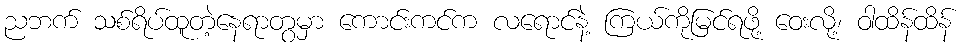
ညဘက် သစ်ရိပ်ထူတဲ့နေရာတွမှာ ကောင်းကင်က လရောင်နဲ့ ကြယ်ကိုမြင်ရဖို့ ဝေးလို့၊ ဝါထိန်ထိန်